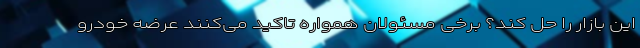
این بازار را حل کند؟ برخی مسئولان همواره تاکید می‌کنند عرضه خودرو